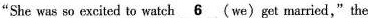
"She was so excited to watch \underline{ 6 } （we）get married,"the